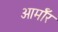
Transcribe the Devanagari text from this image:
आर्माॅर